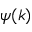
\psi ( k )